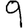
Digit: 9